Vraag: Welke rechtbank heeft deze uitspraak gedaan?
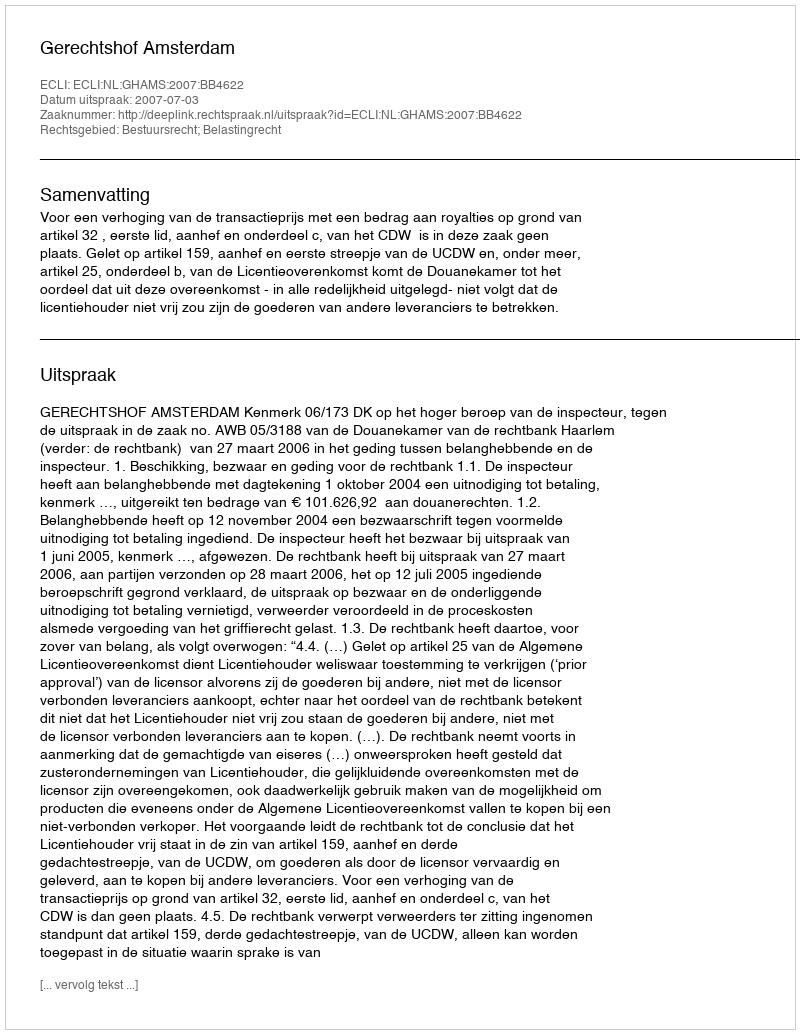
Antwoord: Gerechtshof Amsterdam